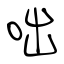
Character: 咄